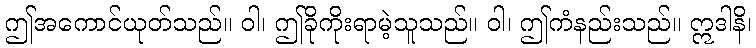
ဤအကောင်ယုတ်သည်။ ဝါ၊ ဤခိုကိုးရာမဲ့သူသည်။ ဝါ၊ ဤကံနည်းသည်။ ဣဒါနိ၊